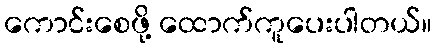
ကောင်းစေဖို့ ထောက်ကူပေးပါတယ်။